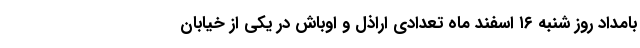
بامداد روز شنبه ۱۶ اسفند ماه تعدادی اراذل و اوباش در یکی از خیابان